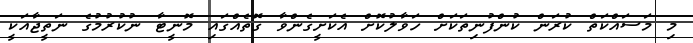
މި މަސައްކަތް ކުރަން ކުންފުނިތަކަށް ހަވާލުކޮށް އެކަށީގެންވާ ގޮތެއްގައި މޮނީޓާ ނުކުރުމުގެ ނަތީޖާއަކީ